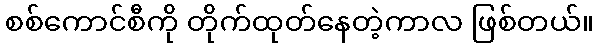
စစ်ကောင်စီကို တိုက်ထုတ်နေတဲ့ကာလ ဖြစ်တယ်။